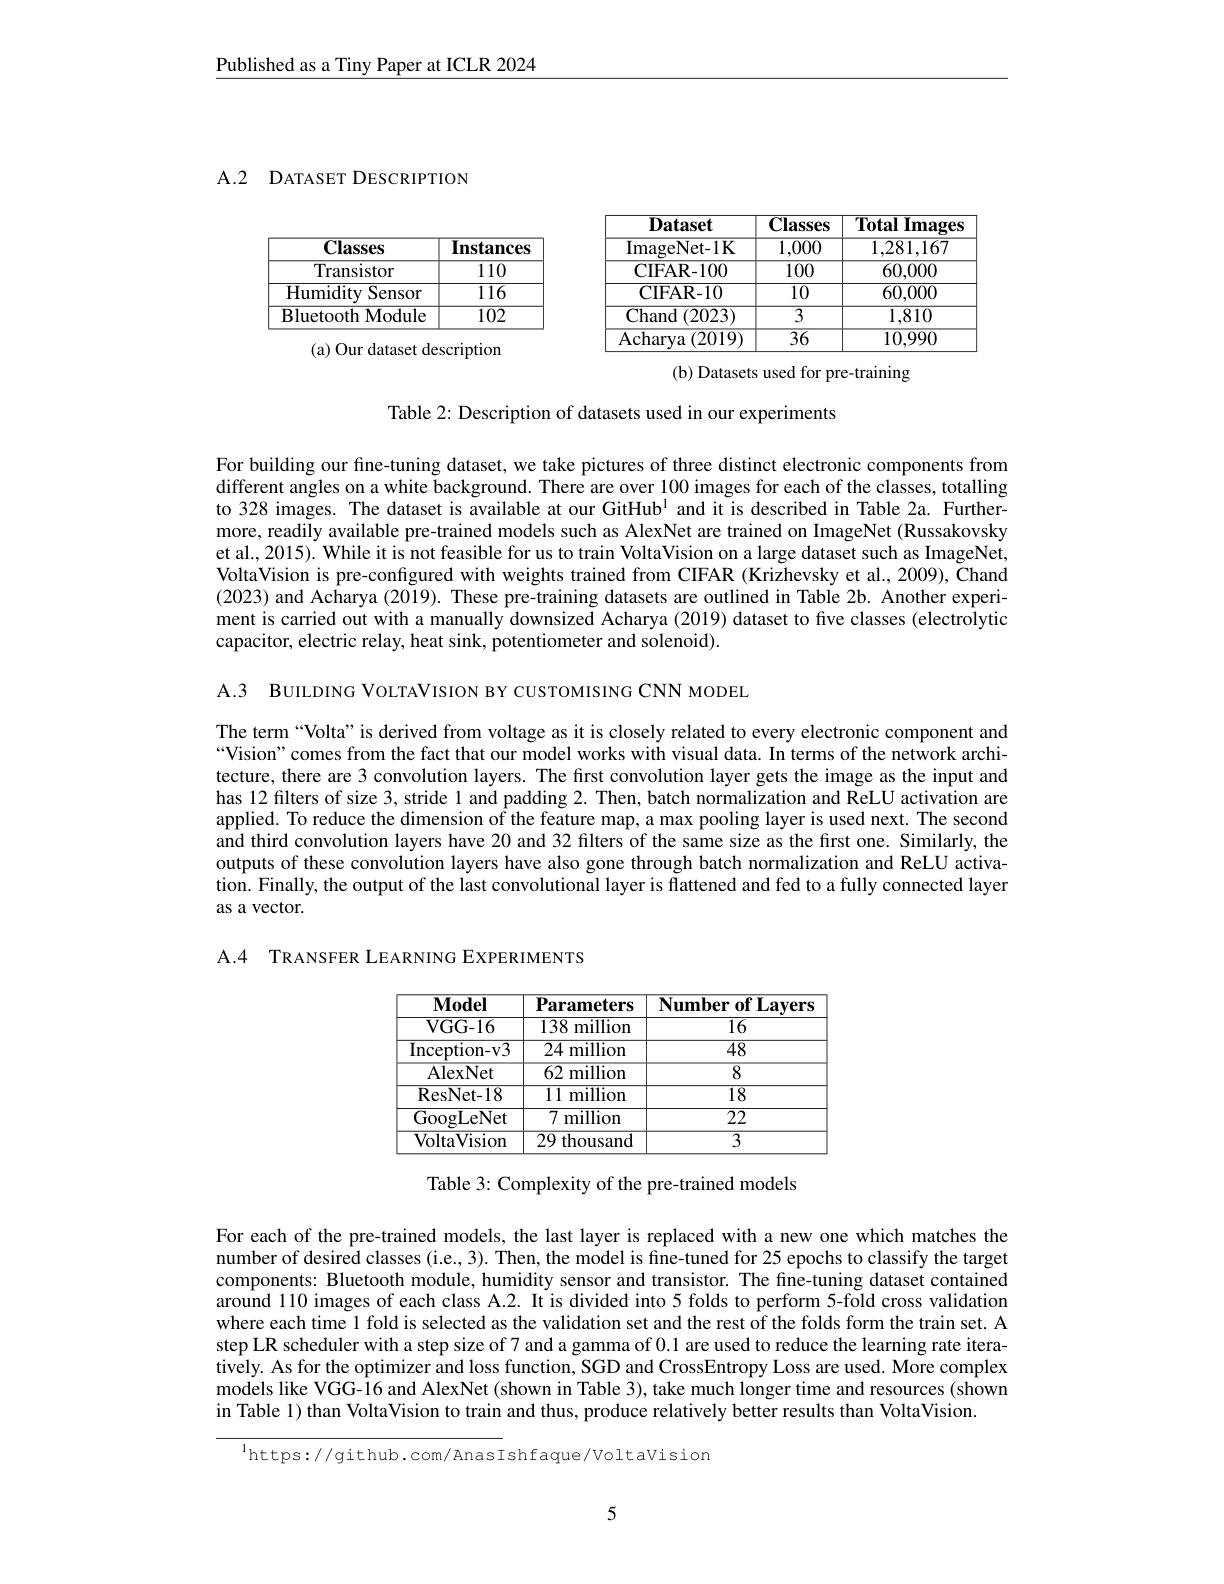
Published as a Tiny Paper at ICLR 2024

A.2 DATASET DESCRIPTION

<FigureHere>
(a) Our dataset description

<FigureHere>
(b) Datasets used for pre-training

Table 2: Description of datasets used in our experiments

For building our fine-tuning dataset, we take pictures of three distinct electronic components from different angles on a white background. There are over 100 images for each of the classes, totalling to 328 images. The dataset is available at our GitHub$^{1}$ and it is described in Table 2a. Furthermore, readily available pre-trained models such as AlexNet are trained on ImageNet (Russakovsky et al., 2015). While it is not feasible for us to train VoltaVision on a large dataset such as ImageNet, VoltaVision is pre-configured with weights trained from CIFAR (Krizhevsky et al., 2009), Chand (2023) and Acharya (2019). These pre-training datasets are outlined in Table 2b. Another experiment is carried out with a manually downsized Acharya (2019) dataset to five classes (electrolytic capacitor, electric relay, heat sink, potentiometer and solenoid).

A.3 BUILDING VOLTAVISION BY CUSTOMISING CNN MODEL

The term “Volta”is derived from voltage as it is closely related to every electronic component and “Vision”comes from the fact that our model works with visual data. In terms of the network architecture, there are 3 convolution layers. The first convolution layer gets the image as the input and has 12 filters of size 3, stride 1 and padding 2. Then, batch normalization and ReLU activation are applied. To reduce the dimension of the feature map, a max pooling layer is used next. The second and third convolution layers have 20 and 32 filters of the same size as the first one. Similarly, the outputs of these convolution layers have also gone through batch normalization and ReLU activation. Finally, the output of the last convolutional layer is flattened and fed to a fully connected layer as a vector.

A.4 TRANSFER LEARNING EXPERIMENTS

<table>
	<tbody>
		<tr>
			<th>$\mathbf{Model}$</th>
			<th>Parameters</th>
			<th>Number of Layers</th>
		</tr>
		<tr>
			<td>${\mathbf{T}}$ VGG- 16</td>
			<td>1381 ${\mathrm{million}}$</td>
			<td>- 1 一 T $-v$ $\overline{16}$</td>
		</tr>
		<tr>
			<td>Inception- v3</td>
			<td>${\overline{24\text{ million}}}$</td>
			<td>$\overline{48}$</td>
		</tr>
		<tr>
			<td>AlexNet</td>
			<td>${\mathrm{million}}$ 62 1 1</td>
			<td>8</td>
		</tr>
		<tr>
			<td>ResNet- 18</td>
			<td>11 million</td>
			<td>18</td>
		</tr>
		<tr>
			<td>GoogLeNet</td>
			<td>71 million</td>
			<td>$\overline{22}$</td>
		</tr>
		<tr>
			<td>VoltaVision</td>
			<td>29t thousand</td>
			<td>$\overline{3}$</td>
		</tr>
	</tbody>
</table>

Table 3: Complexity of the pre-trained models

For each of the pre-trained models, the last layer is replaced with a new one which matches the number of desired classes (i.e.,3). Then, the model is fine-tuned for 25 epochs to classify the target components: Bluetooth module, humidity sensor and transistor. The fine-tuning dataset contained around 110 images of each class A.2. It is divided into 5 folds to perform 5-fold cross validation where each time 1 fold is selected as the validation set and the rest of the folds form the train set. A step LR scheduler with a step size of 7 and a gamma of 0.1 are used to reduce the learning rate iteratively. As for the optimizer and loss function, SGD and CrossEntropy Loss are used. More complex models like VGG-16 and AlexNet (shown in Table 3), take much longer time and resources (shown in Table 1) than VoltaVision to train and thus, produce relatively better results than VoltaVision.

$^{1}$https://github.com/AnasIshfaque/Voltavision

5